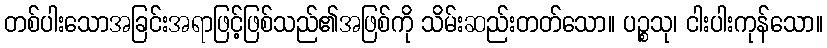
တစ်ပါးသောအခြင်းအရာဖြင့်ဖြစ်သည်၏အဖြစ်ကို သိမ်းဆည်းတတ်သော။ ပဉ္စသု၊ ငါးပါးကုန်သော။